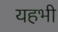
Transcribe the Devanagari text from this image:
यहभी